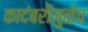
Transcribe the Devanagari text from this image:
कादंबरीमुळेच